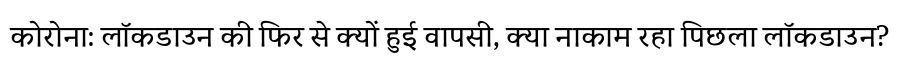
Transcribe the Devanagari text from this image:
कोरोना: लॉकडाउन की फिर से क्यों हुई वापसी, क्या नाकाम रहा पिछला लॉकडाउन?